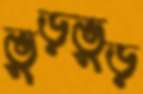
ভুড়ভুড়